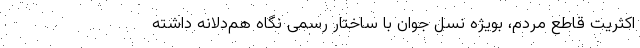
اکثریت قاطع مردم، بویژه نسل جوان با ساختار رسمی نگاه هم‌دلانه داشته